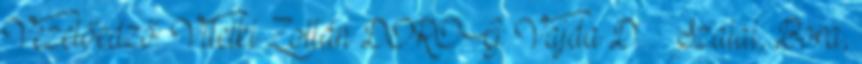
Vezetőedző: Vitelki Zoltán DOROG: Vajda D. – Szalai, Bora,